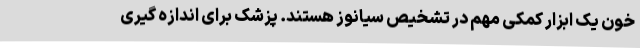
خون یک ابزار کمکی مهم در تشخیص سیانوز هستند. پزشک برای اندازه گیری